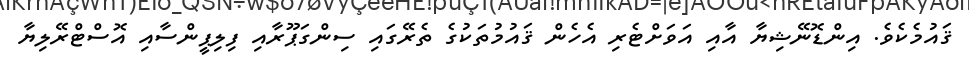
ޤައުމެކެވެ. އިންޑޮނޭޝިޔާ އާއި އަވަށްޓެރި އެހެން ޤައުމުތަކުގެ ތެރޭގައި ސިންގަޕޫރާއި ފިލިޕީންސާއި އޮސްޓްރޭލިޔާ